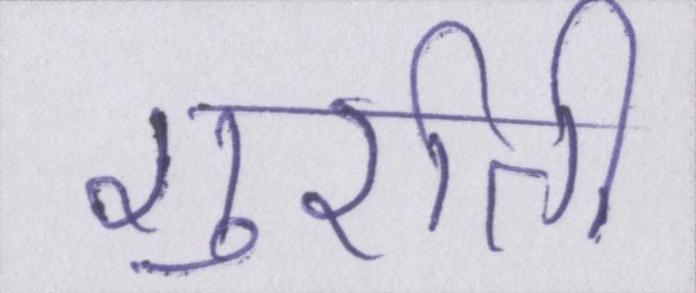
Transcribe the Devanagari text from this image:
गुर्राती